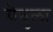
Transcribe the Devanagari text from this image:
चेबुला